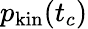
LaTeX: p_{\mathrm{kin}}(t_{c})